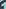
1